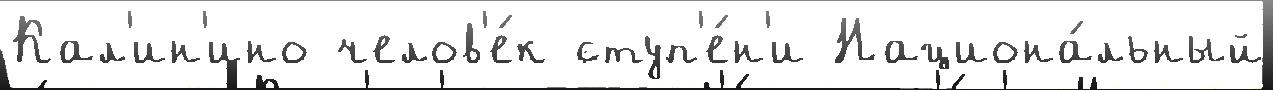
Кал'ин'ино челов'е́к ступ'е́н'и Национа́льный